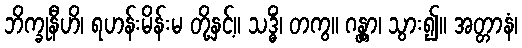
ဘိက္ခုနီဟိ၊ ရဟန်းမိန်းမ တို့နှင့်။ သဒ္ဓိံ၊ တကွ။ ဂန္တွာ၊ သွား၍။ အတ္တာနံ၊